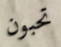
تحبون